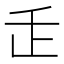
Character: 𬼉